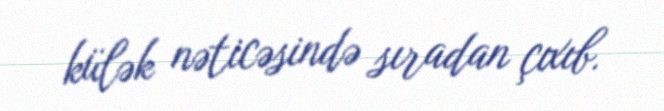
külək nəticəsində sıradan çıxıb.